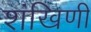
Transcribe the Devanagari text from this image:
शंखिणी